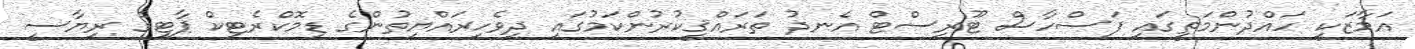
އަމާޒަކީ ހައްދުންމަތީގައި ފަސްހާސް ޓޫރިސްޓް އެނދު ތަރައްޤީކުރުންކަމުގައި ދިވެހިރައްޔިތުންގެ ޑިމޮކްރެޓިކް ޕާޓީގެ ރިޔާސީ